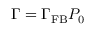
\Gamma = \Gamma _ { \mathrm { F B } } P _ { 0 }